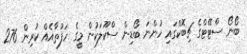
ބޯނޯ ސްޓޭޓްގެ ޗިބޮކްގައި ހުންނަ ބޯޑިން ސްކޫލަކުން މީގެ ހަފުތާއެއް ކުރިން 276